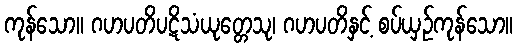
ကုန်သော။ ဂဟပတိပဋိသံယုတ္တေသု၊ ဂဟပတိနှင့် စပ်ယှဉ်ကုန်သော။